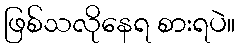
ဖြစ်သလိုနေရ စားရပဲ။